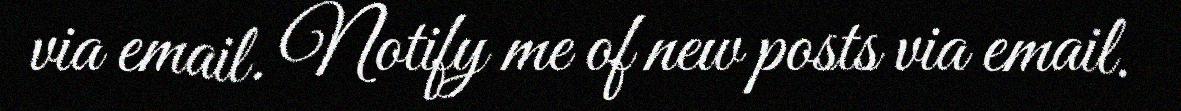
via email. Notify me of new posts via email.